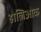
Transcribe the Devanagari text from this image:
होलिओक